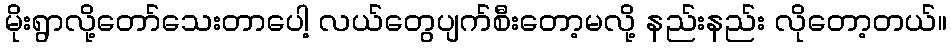
မိုးရွာလို့တော်သေးတာပေါ့ လယ်တွေပျက်စီးတော့မလို့ နည်းနည်း လိုတော့တယ်။